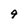
Character: 9